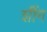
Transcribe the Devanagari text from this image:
शींग